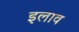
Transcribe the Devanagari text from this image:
इलाव